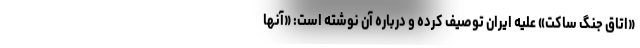
«اتاق جنگ ساکت» علیه ایران توصیف کرده و درباره آن نوشته است: «آنها